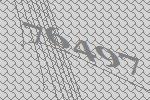
76497